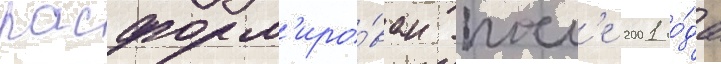
расформ'иро́ван посл'е 2001 го́да